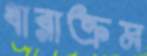
ধারাক্রম